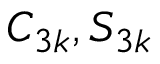
C _ { 3 k } , S _ { 3 k }